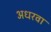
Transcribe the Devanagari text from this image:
अधरवा